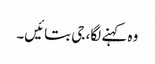
وہ کہنے لگا، جی بتائیں۔